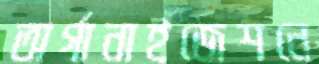
অর্গানাইজেশনে